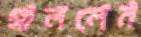
গাললেন